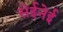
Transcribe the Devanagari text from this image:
सेईनेई